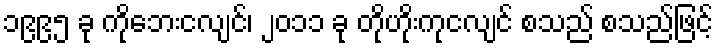
၁၉၉၅ ခု ကိုဘေးငလျင်၊ ၂၀၁၁ ခု တိုဟိုးကုငလျင် စသည် စသည်ဖြင့်